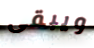
ويبقى